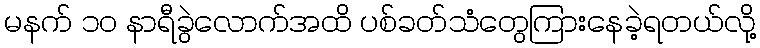
မနက် ၁၀ နာရီခွဲလောက်အထိ ပစ်ခတ်သံတွေကြားနေခဲ့ရတယ်လို့